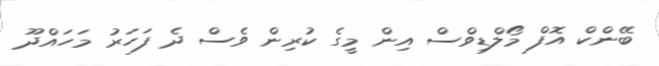
ބޭންކް އޮފް މޯލްޑިވްސް އިން މީގެ ކުރިން ވެސް ދެ ފަހަރު މަހައްދޫ